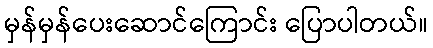
မှန်မှန်ပေးဆောင်ကြောင်း ပြောပါတယ်။